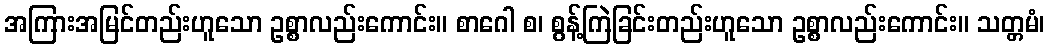
အကြားအမြင်တည်းဟူသော ဥစ္စာလည်းကောင်း။ စာဂေါ စ၊ စွန့်ကြဲခြင်းတည်းဟူသော ဥစ္စာလည်းကောင်း။ သတ္တမံ၊